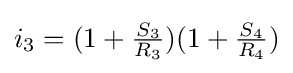
i_{3}=(1+{\tfrac {S_{3}}{R_{3}}})(1+{\tfrac {S_{4}}{R_{4}}})